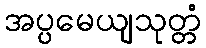
အပ္ပမေယျသုတ္တံ